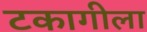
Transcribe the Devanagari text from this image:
टकागीला